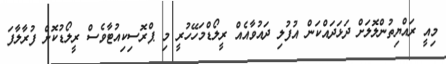
މިއީ ރައްޔިތުންލޮލަށް ދަޅަދައްކަން އުފުލި ދައުވާއެއް ރީލޯޑްމަހޭހުރީ މި ޕްރޮސިކިއުޓާވެސް ރީލޯޑުކޮށް ފުރާލާފަ